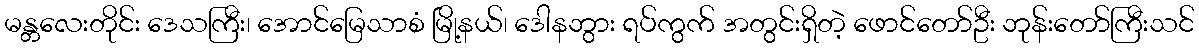
မန္တလေးတိုင်း ဒေသကြီး၊ အောင်မြေသာစံ မြို့နယ်၊ ဒေါနဘွား ရပ်ကွက် အတွင်းရှိတဲ့ ဖောင်တော်ဦး ဘုန်းတော်ကြီးသင်